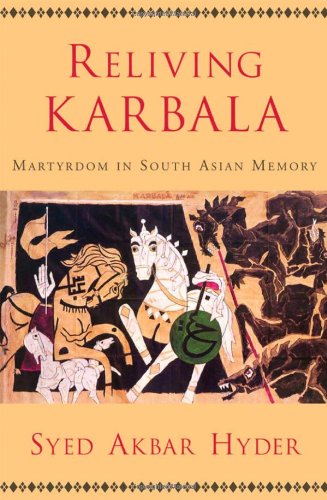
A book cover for Reliving Karbala: Martyrdom in South Asian Memory; Syed Akbar Hyder; Religion & Spirituality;